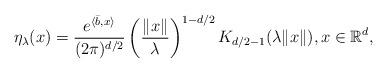
LaTeX: \begin{align*} \eta_\lambda(x) = \frac{e^{\langle \bar{ b},{x} \rangle}}{(2\pi)^{d/2}}\left( \frac{\|{x}\|}{\lambda} \right)^{1-d/2} K_{d/2-1}(\lambda \|{ x}\|),x\in \mathbb{R}^d,\end{align*}